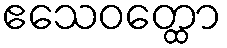
ဧသေဝတ္ထော